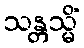
သန္တသ္မိံ